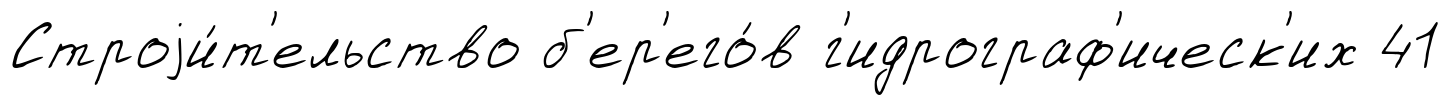
Строjи́т'ельство б'ер'его́в г'идрограф'ическ'их 41